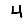
Digit: 4